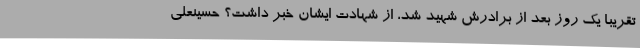
تقریباً یک روز بعد از برادرش شهید شد، از شهادت ایشان خبر داشت؟ حسینعلی